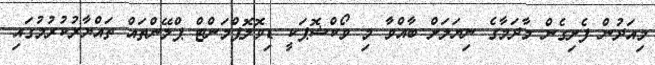
މިއަދުން ފެށިގެން މާދަމާގެ ނިޔަލަށް ބާއްވާ މި ވޯކްޝޮޕަކީ ޑިވޮލޮޕްމަންޓް ޕްލޭންތައް ތައްޔާރުކުރުމުގައި